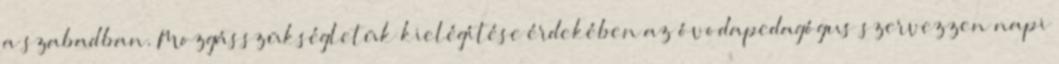
a szabadban. Mozgásszükségletük kielégítése érdekében az óvodapedagógus szervezzen napi